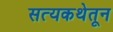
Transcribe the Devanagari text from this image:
सत्यकथेतून